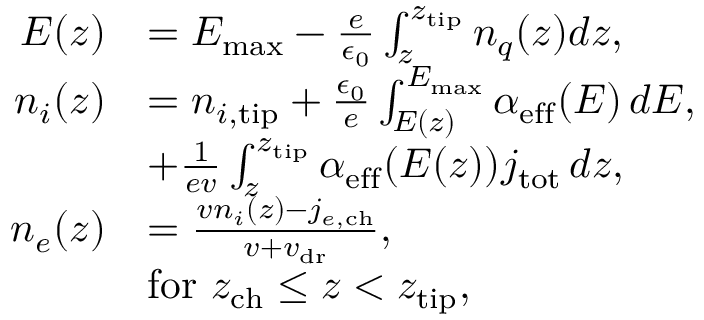
\begin{array} { r l } { E ( z ) } & { = E _ { \mathrm { m a x } } - \frac e { \epsilon _ { 0 } } \int _ { z } ^ { z _ { \mathrm { t i p } } } n _ { q } ( z ) d z , } \\ { n _ { i } ( z ) } & { = n _ { i , \mathrm { t i p } } + \frac { \epsilon _ { 0 } } { e } \int _ { E ( z ) } ^ { E _ { \mathrm { m a x } } } \alpha _ { \mathrm { e f f } } ( E ) \, d E , } \\ & { + \frac { 1 } { e v } \int _ { z } ^ { z _ { \mathrm { t i p } } } \alpha _ { \mathrm { e f f } } ( E ( z ) ) j _ { \mathrm { t o t } } \, d z , } \\ { n _ { e } ( z ) } & { = \frac { v n _ { i } ( z ) - j _ { e , \mathrm { c h } } } { v + v _ { \mathrm { d r } } } , } \\ & { \mathrm { f o r ~ } z _ { \mathrm { c h } } \leq z < z _ { \mathrm { t i p } } , } \end{array}